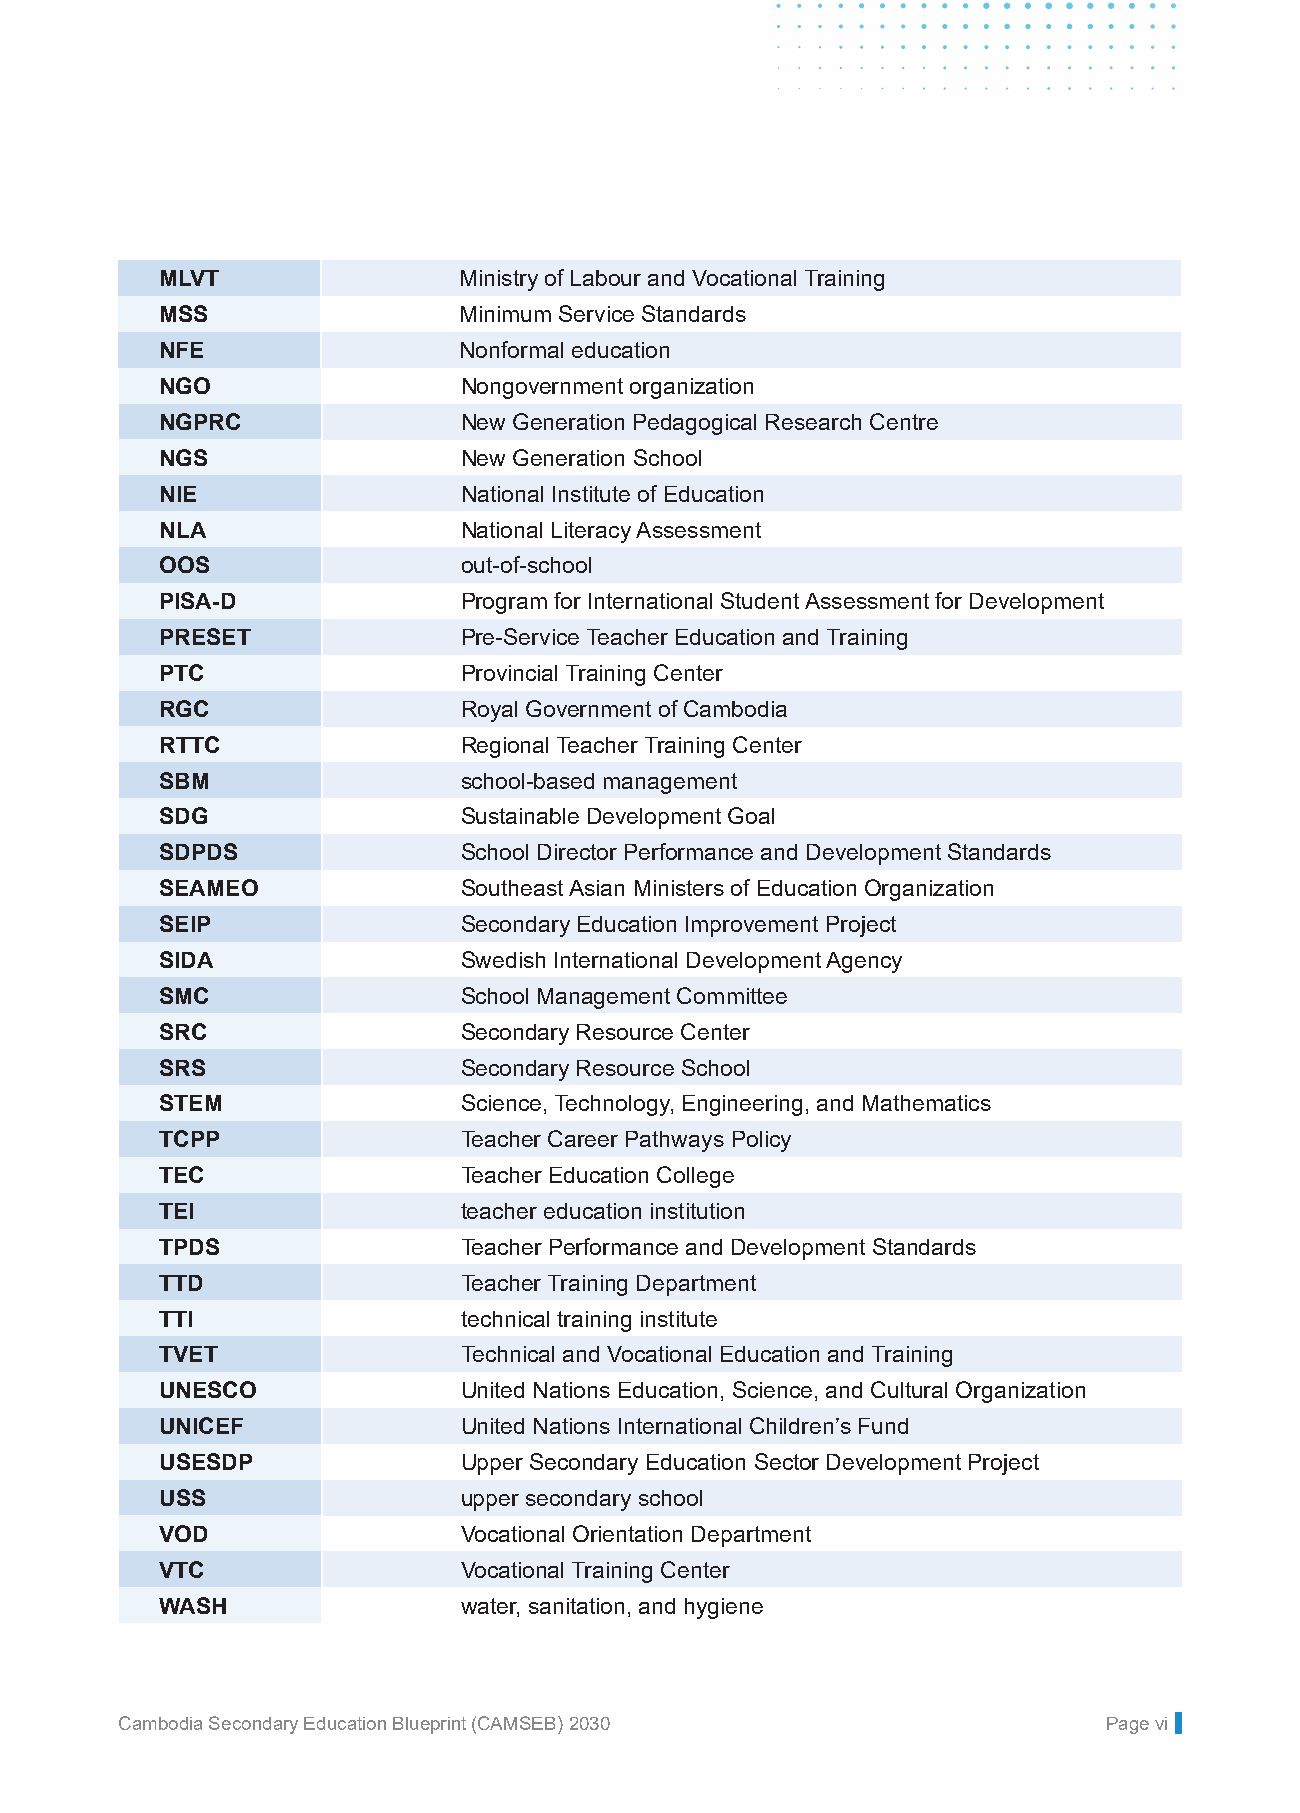
Unofficial Translation
 MLVT                Ministry of Labour and Vocational Training
 MSS                 Minimum Service Standards
 NFE                 Nonformal education
 NGO                Nongovernment organization
 NGPRC              New Generation Pedagogical Research Centre
 NGS                New Generation School
 NIE                National Institute of Education
 NLA                National Literacy Assessment
 OOS                out-of-school
 PISA-D             Program for International Student Assessment for Development
 PRESET             Pre-Service Teacher Education and Training
 PTC                Provincial Training Center
 RGC                Royal Government of Cambodia
 RTTC               Regional Teacher Training Center
 SBM                school-based management
 SDG                Sustainable Development Goal
 SDPDS              School Director Performance and Development Standards
 SEAMEO             Southeast Asian Ministers of Education Organization
 SEIP               Secondary Education Improvement Project
 SIDA               Swedish International Development Agency
 SMC                School Management Committee
 SRC                Secondary Resource Center
 SRS                Secondary Resource School
 STEM               Science, Technology, Engineering, and Mathematics
 TCPP               Teacher Career Pathways Policy
 TEC                Teacher Education College
 TEI                teacher education institution
 TPDS               Teacher Performance and Development Standards
 TTD                Teacher Training Department
 TTI                technical training institute
 TVET               Technical and Vocational Education and Training
 UNESCO             United Nations Education, Science, and Cultural Organization
 UNICEF             United Nations International Children’s Fund
 USESDP             Upper Secondary Education Sector Development Project
 USS                upper secondary school
 VOD                Vocational Orientation Department
 VTC                Vocational Training Center
 WASH               water, sanitation, and hygiene
 CCaammbbooddiiaa SSeeccoonnddaarryy EEdduuccaattiioonn BBlluueepprriinntt ((CCAAMMSSEEBB)) 22003300 PPaaggee v9i